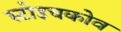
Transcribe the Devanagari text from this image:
स्टोइचकोव